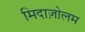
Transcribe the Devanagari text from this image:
मिदाज़ोलम